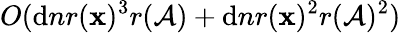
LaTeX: O(\mathrm{d}nr(\mathbf{{x}})^{3}r(\mathcal{{A}})+\mathrm{d}nr(\mathbf{{x}})^{2}r(\mathcal{{A}})^{2})